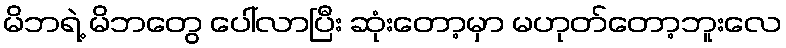
မိဘရဲ့ မိဘတွေ ပေါ်လာပြီး ဆုံးတော့မှာ မဟုတ်တော့ဘူးလေ